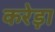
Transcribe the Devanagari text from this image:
करेड़ा